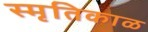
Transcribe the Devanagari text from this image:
स्मृतिकाळ